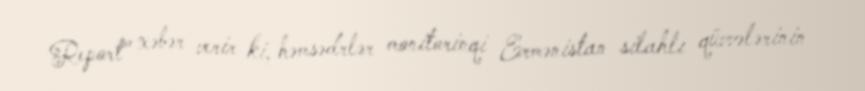
Report" xəbər verir ki, həmsədrlər monitorinqi Ermənistan silahlı qüvvələrinin